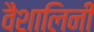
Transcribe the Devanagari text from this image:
वैशालिनी